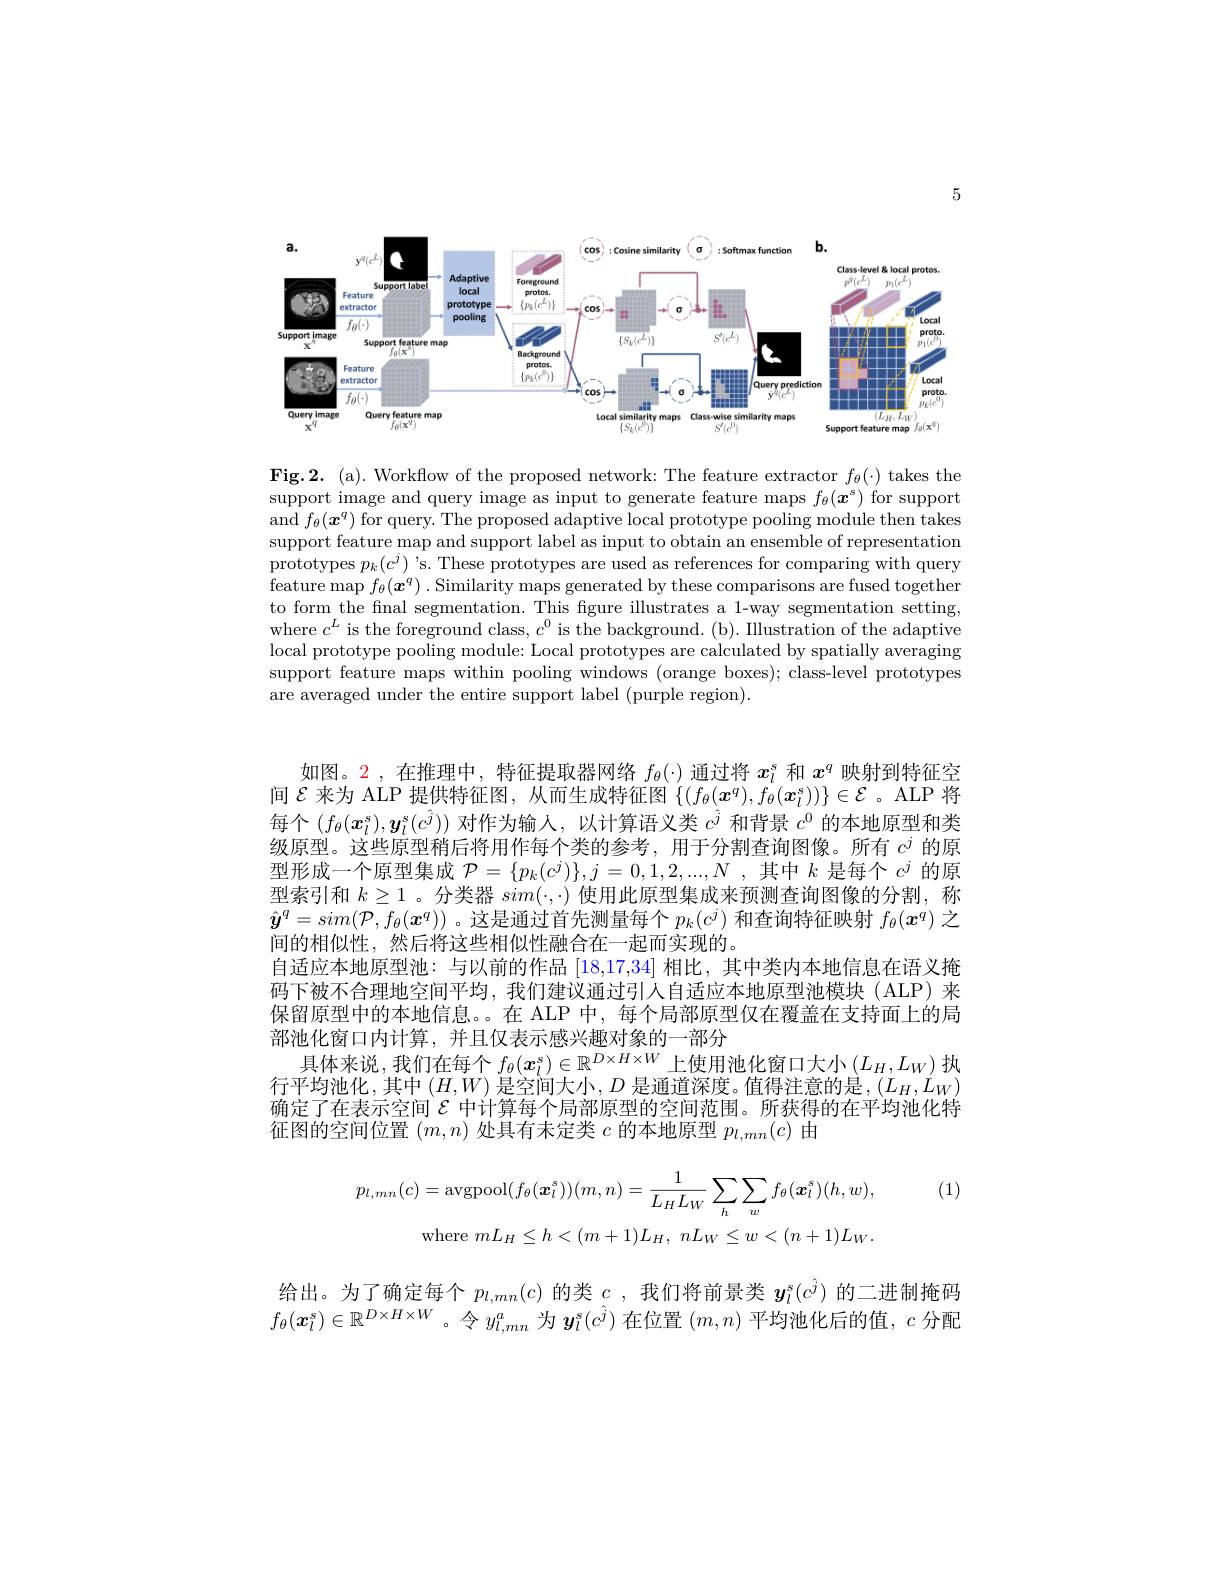
5

<FigureHere>

Fig.2.(a).Workflow of the proposed network: The feature extractor $f_\theta(\cdot)$ takes the support image and query image as input to generate feature maps $f_\theta(\boldsymbol{x}^s)$ for support and $f_\theta(\boldsymbol{x}^q)$ for query. The proposed adaptive local prototype pooling module then takes support feature map and support label as input to obtain an ensemble of representation prototypes $p_k(c^j)$'s.These prototypes are used as references for comparing with query feature map $f_\theta(\boldsymbol{x}^q)$ . Similarity maps generated by these comparisons are fused together to form the fnal segmentation. This figure illustrates a 1-way segmentation setting, where $c^L$ is the foreground class, $c^0$ is the background.(b). Illustration of the adaptive local prototype pooling module: Local prototypes are calculated by spatially averaging support feature maps within pooling windows (orange boxes); class-level prototypes are averaged under the entire support label (purple region).

如图。2,在推理中，特征提取器网络$f_\theta(\cdot)$通过将$x_l^s$和$x^q$映射到特征空间$\mathcal{E}$来为 ALP 提供特征图，从而生成特征图$\{(f_\theta(\boldsymbol{x}^q),f_\theta(\boldsymbol{x}_l^s))\}\in\mathcal{E}$ 。ALP 将每个$(f_\theta(x_l^s),\boldsymbol{y}_l^s(c^j))$对作为输人，以计算语义类$c^\hat{j}$和背景$c^0$的本地原型和类级原型。这些原型稍后将用作每个类的参考，用于分割查询图像。所有$c^j$的原型形成一个原型集成$\mathcal{P}=\{p_k(c^j)\},j=0,1,2,...,N$ ,其中$k$是每个$c^j$的原型索引和$k\geq1$ 。分类器$sim(\cdot,\cdot)$使用此原型集成来预测查询图像的分割，称$\hat{\boldsymbol{y}}^q=sim(\mathcal{P},f_\theta(\boldsymbol{x}^q))$ 。这是通过首先测量每个$p_k(c^j)$和查询特征映射$f_\theta(x^q)$之间的相似性，然后将这些相似性融合在一起而实现的。
自适应本地原型池：与以前的作品[18,17,34]相比，其中类内本地信息在语义掩码下被不合理地空间平均，我们建议通过引人自适应本地原型池模块(ALP)来保留原型中的本地信息。。在 ALP 中，每个局部原型仅在覆盖在支持面上的局部池化窗口内计算，并且仅表示感兴趣对象的一部分
具体来说，我们在每个$f_\theta(x_l^s)\in\mathbb{R}^{D\times H\times W}$上使用池化窗口大小$(L_H,L_W)$执行平均池化，其中$(H,W)$是空间大小，$D$是通道深度。值得注意的是$,(L_H,L_W)$ 确定了在表示空间$\mathcal{E}$中计算每个局部原型的空间范围。所获得的在平均池化特征图的空间位置$(m,n)$处具有未定类$c$的本地原型$p_l,mn(c)$由

), (1)
$$p_{l,mn}(c)=\operatorname{avgpool}(f_\theta(\boldsymbol{x}_l^s))(m,n)=\frac{1}{L_HL_W}\sum_h\sum_wf_\theta(\boldsymbol{x}_l^s)(h,w),$$
$$\text{where}\:mL_H\leq h<(m+1)L_H,\:nL_W\leq w<(n+1)L_V$$
给出。为了确定每个$p_l,mn(c)$的类$c$ ,我们将前景类$y_l^s(c^{\hat{j}})$的二进制掩码$f_\theta(\boldsymbol{x}_l^s)\in\mathbb{R}^{D\times H\times W}$。令$y_l,mn^a$为$\boldsymbol y_l^s(c^j)$在位置$(m,n)$平均池化后的值，$c$分配